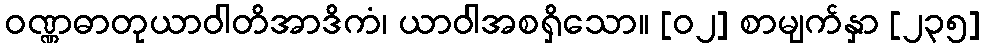
ဝဏ္ဏဓာတုယာဝါတိအာဒိကံ၊ ယာဝါအစရှိသော။ [၀၂] စာမျက်နှာ [၂၃၅]